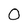
Character: 0